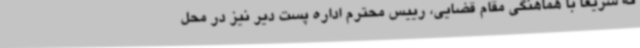
که سریعا با هماهنگی مقام قضایی، رییس محترم اداره پست دیر نیز در محل